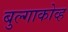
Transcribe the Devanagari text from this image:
बुल्गाकोव्ह